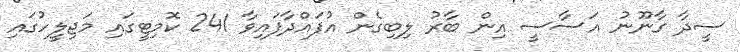
ސީދާ ގާނޫނު އަސާސީ އިން ބާރު ލިބިގެން އުފައްދާފައިވާ 241 ކޮމިޓީގައި މަޖިލީހުގައި